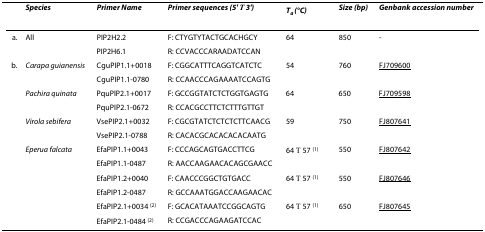
<table><thead><tr><td></td><td><b><i>Species</i></b></td><td><b><i>Primer Name</i></b></td><td><b><i>Primer sequences (5&#x27; → 3&#x27;)</i></b></td><td><b><i>T<sub>a </sub>(°C)</i></b></td><td><b><i>Size (bp)</i></b></td><td><b><i>Genbank accession number</i></b></td></tr></thead><tbody><tr><td>a.</td><td>All</td><td>PIP2H2.2</td><td>F: CTYGTYTACTGCACHGCY</td><td>64</td><td>850</td><td>-</td></tr><tr><td></td><td></td><td>PIP2H6.1</td><td>R: CCVACCCARAADATCCAN</td><td></td><td></td><td></td></tr><tr><td>b.</td><td><i>Carapa guianensis</i></td><td>CguPIP1.1+0018</td><td>F: CGGCATTTCAGGTCATCTC</td><td>54</td><td>760</td><td>FJ709600</td></tr><tr><td></td><td></td><td>CguPIP1.1-0780</td><td>R: CCAACCCAGAAAATCCAGTG</td><td></td><td></td><td></td></tr><tr><td></td><td><i>Pachira quinata</i></td><td>PquPIP2.1+0017</td><td>F: GCCGGTATCTCTGGTGAGTG</td><td>64</td><td>650</td><td>FJ709598</td></tr><tr><td></td><td></td><td>PquPIP2.1-0672</td><td>R: CCACGCCTTCTCTTTGTTGT</td><td></td><td></td><td></td></tr><tr><td></td><td><i>Virola sebifera</i></td><td>VsePIP2.1+0032</td><td>F: CGCGTATCTCTCTCTTCAACG</td><td>59</td><td>750</td><td>FJ807641</td></tr><tr><td></td><td></td><td>VsePIP2.1-0788</td><td>R: CACACGCACACACACAATG</td><td></td><td></td><td></td></tr><tr><td></td><td><i>Eperua falcata</i></td><td>EfaPIP1.1+0043</td><td>F: CCCAGCAGTGACCTTCG</td><td>64 → 57 <sup>(1)</sup></td><td>550</td><td>FJ807642</td></tr><tr><td></td><td></td><td>EfaPIP1.1-0487</td><td>R: AACCAAGAACACAGCGAACC</td><td></td><td></td><td></td></tr><tr><td></td><td></td><td>EfaPIP1.2+0040</td><td>F: CAACCCGGCTGTGACC</td><td>64 → 57 <sup>(1)</sup></td><td>550</td><td>FJ807646</td></tr><tr><td></td><td></td><td>EfaPIP1.2-0487</td><td>R: GCCAAATGGACCAAGAACAC</td><td></td><td></td><td></td></tr><tr><td></td><td></td><td>EfaPIP2.1+0034 <sup>(2)</sup></td><td>F: GCACATAAATCCGGCAGTG</td><td>64 → 57 <sup>(1)</sup></td><td>650</td><td>FJ807645</td></tr><tr><td></td><td></td><td>EfaPIP2.1-0484 <sup>(2)</sup></td><td>R: CCGACCCAGAAGATCCAC</td><td></td><td></td><td></td></tr></tbody></table>